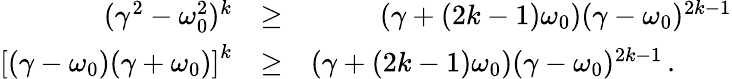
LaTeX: \begin{array}{rlr}{(\gamma^{2}-\omega_{0}^{2})^{k}}&{\geq}&{(\gamma+(2k-1)\omega_{0})(\gamma-\omega_{0})^{2k-1}}\\ {\left[(\gamma-\omega_{0})(\gamma+\omega_{0})\right]^{k}}&{\geq}&{(\gamma+(2k-1)\omega_{0})(\gamma-\omega_{0})^{2k-1}\, .\qquad}\end{array}